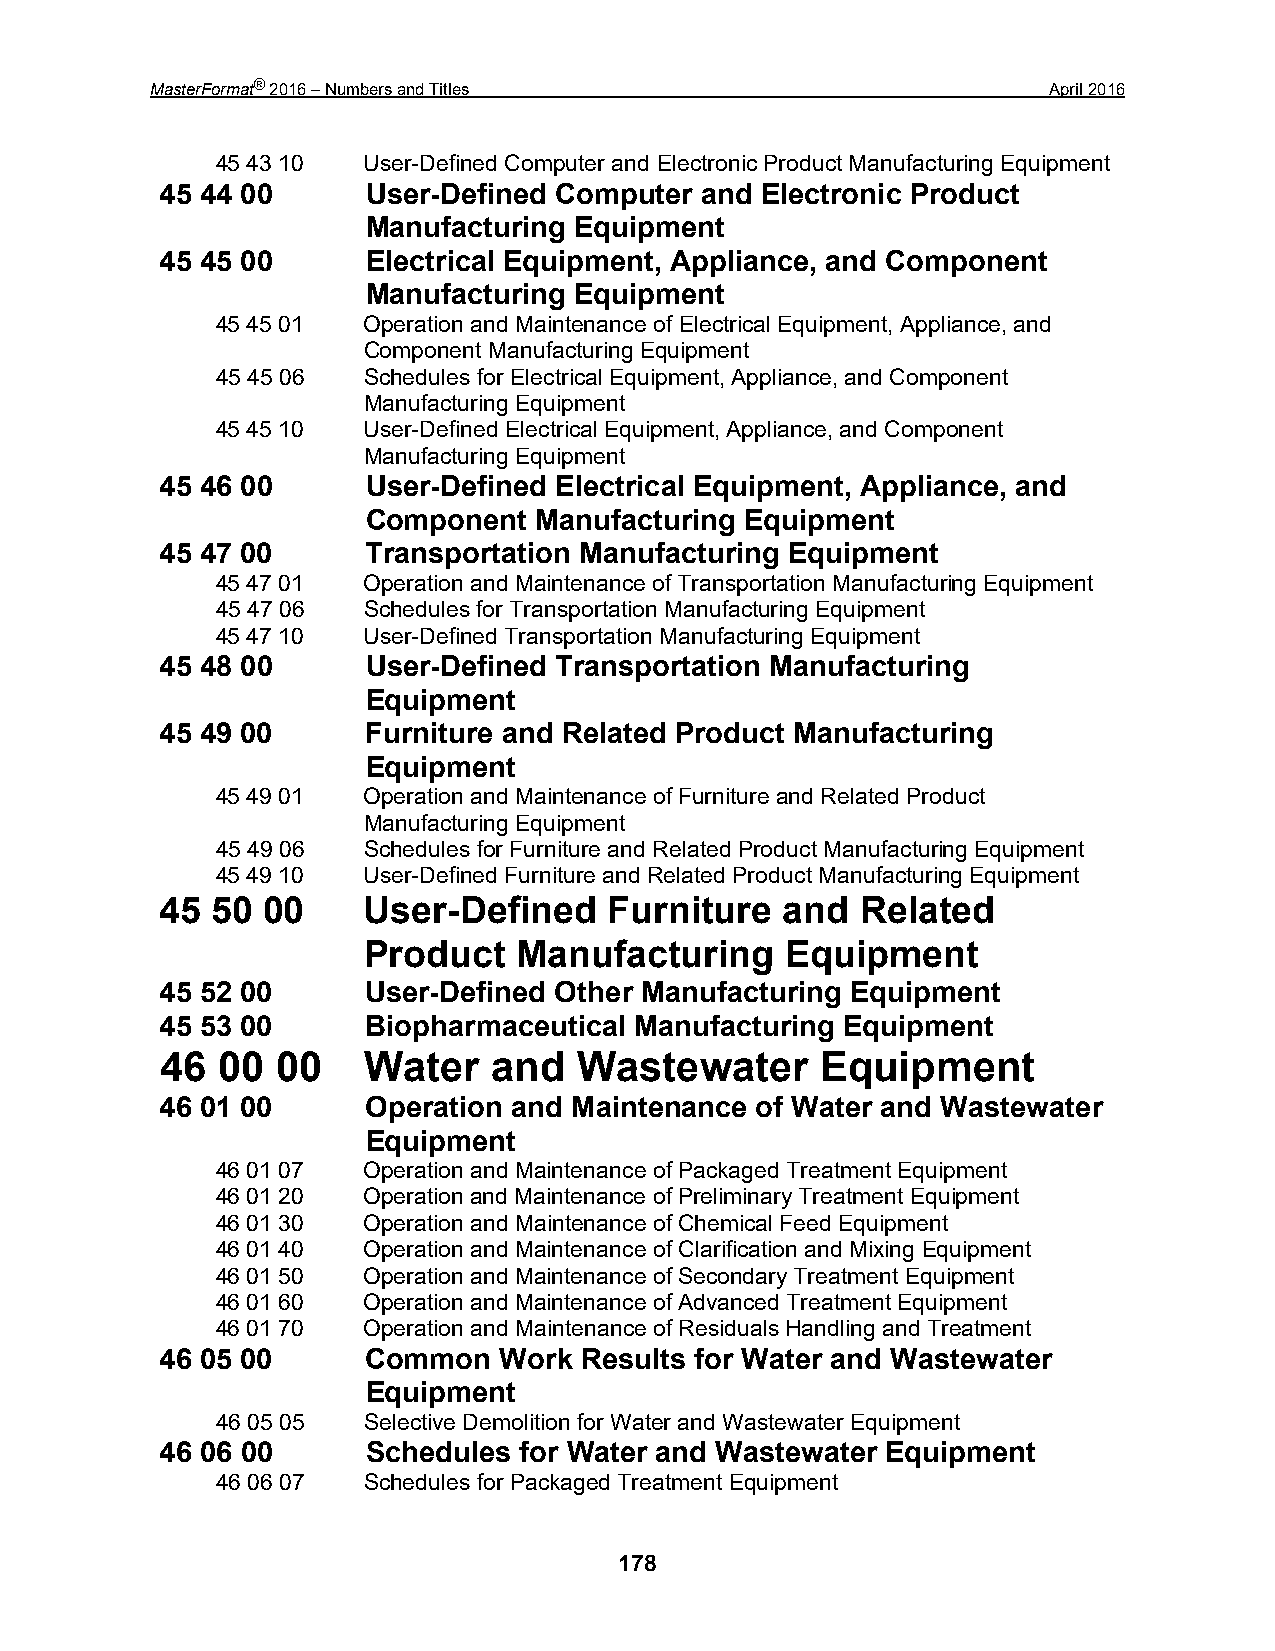
MasterFormat® 2016 – Numbers and Titles                     April 2016
 45 43 10  User-Defined Computer and Electronic Product Manufacturing Equipment
 45 44 00     User-Defined Computer and Electronic Product
 Manufacturing Equipment
 45 45 00     Electrical Equipment, Appliance, and Component
 Manufacturing Equipment
 45 45 01  Operation and Maintenance of Electrical Equipment, Appliance, and
 Component Manufacturing Equipment
 45 45 06  Schedules for Electrical Equipment, Appliance, and Component
 Manufacturing Equipment
 45 45 10  User-Defined Electrical Equipment, Appliance, and Component
 Manufacturing Equipment
 45 46 00     User-Defined Electrical Equipment, Appliance, and
 Component  Manufacturing Equipment
 45 47 00     Transportation Manufacturing Equipment
 45 47 01  Operation and Maintenance of Transportation Manufacturing Equipment
 45 47 06  Schedules for Transportation Manufacturing Equipment
 45 47 10  User-Defined Transportation Manufacturing Equipment
 45 48 00     User-Defined Transportation Manufacturing
 Equipment
 45 49 00     Furniture and Related Product Manufacturing
 Equipment
 45 49 01  Operation and Maintenance of Furniture and Related Product
 Manufacturing Equipment
 45 49 06  Schedules for Furniture and Related Product Manufacturing Equipment
 45 49 10  User-Defined Furniture and Related Product Manufacturing Equipment
 45 50 00     User-Defined    Furniture   and  Related
 Product   Manufacturing     Equipment
 45 52 00     User-Defined Other Manufacturing Equipment
 45 53 00     Biopharmaceutical Manufacturing Equipment
 46 00  00    Water    and  Wastewater      Equipment
 46 01 00     Operation and Maintenance of Water and Wastewater
 Equipment
 46 01 07  Operation and Maintenance of Packaged Treatment Equipment
 46 01 20  Operation and Maintenance of Preliminary Treatment Equipment
 46 01 30  Operation and Maintenance of Chemical Feed Equipment
 46 01 40  Operation and Maintenance of Clarification and Mixing Equipment
 46 01 50  Operation and Maintenance of Secondary Treatment Equipment
 46 01 60  Operation and Maintenance of Advanced Treatment Equipment
 46 01 70  Operation and Maintenance of Residuals Handling and Treatment
 46 05 00     Common   Work Results for Water and Wastewater
 Equipment
 46 05 05  Selective Demolition for Water and Wastewater Equipment
 46 06 00     Schedules for Water and Wastewater Equipment
 46 06 07  Schedules for Packaged Treatment Equipment
 178